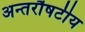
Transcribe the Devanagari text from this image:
अन्तर्रौषटीय